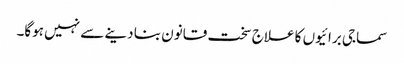
سماجی برائیوں کا علاج سخت قانون بنا دینے سے نہیں ہوگا۔